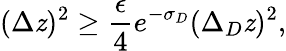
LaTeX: (\Delta\mathit{z})^{2}\ge{\frac{{\epsilon}}{{4}}}e^{-\sigma_{D}}(\Delta_{D}\mathit{z})^{2},